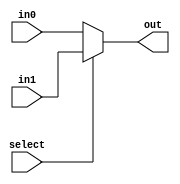
module mux
	#(
		parameter LENGTH = 32
	)
	(
		input select,
		input [LENGTH-1:0] in0, in1,
		output wire [LENGTH-1:0] out
	);

	assign out = select ? in1 : in0;
endmodule